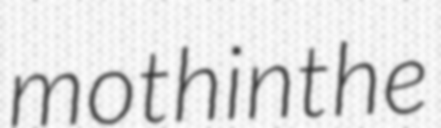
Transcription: moth in the